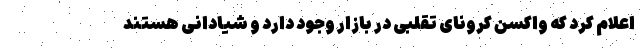
اعلام کرد که واکسن کرونای تقلبی در بازار وجود دارد و شیادانی هستند